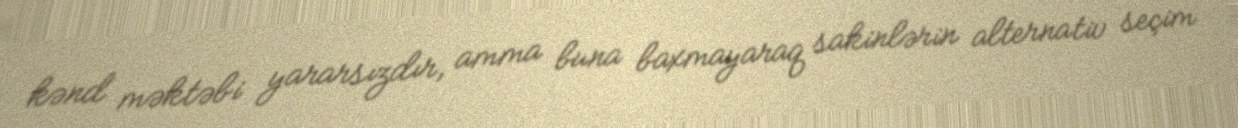
kənd məktəbi yararsızdır, amma buna baxmayaraq sakinlərin alternativ seçim